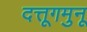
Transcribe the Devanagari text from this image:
दत्तूगमुनू